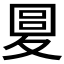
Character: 𡕭